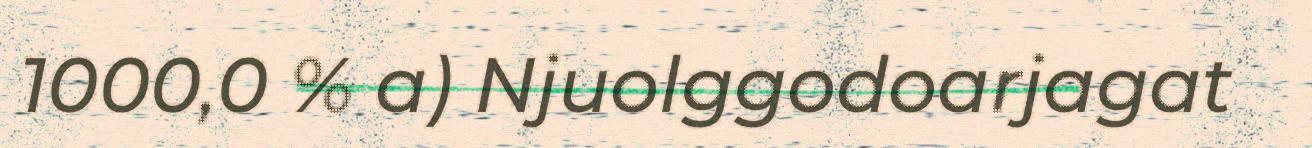
1000,0 % a) Njuolggodoarjagat